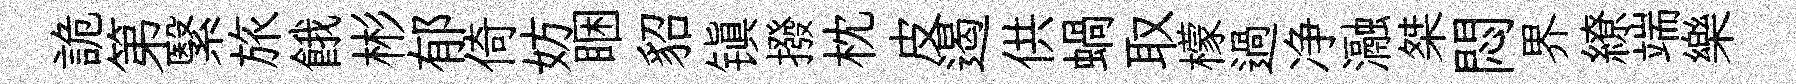
詭第繄旅餓彬郁倚妨睏貂镇撥枕皮遏供蝸取檬過净瀜桀悶界繚端樂